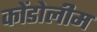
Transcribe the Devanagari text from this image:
कोंडोलीम